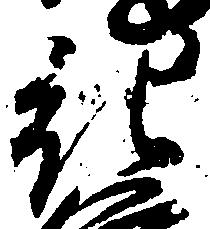
紀